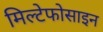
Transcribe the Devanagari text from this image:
मिल्टेफोसाइन